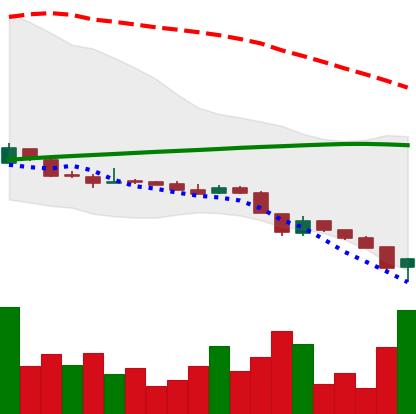
Ticker: DOGE-USD
Chart end date: 2018-11-15
Forward return: -19.5%
Label: down_7plus